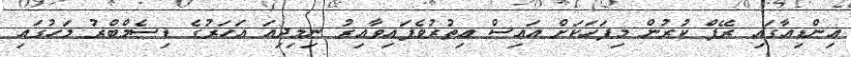
އިންޑިއާގައި ރޭޕް ކުރުން މިފަހަކަށް އައިސް އިތުރުވެފައިވާއިރު ނިމިދިއަ އަހަރުގެ ޑިސެމްބްރު މަހުގައި